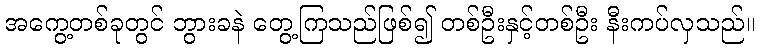
အကွေ့တစ်ခုတွင် ဘွားခနဲ တွေ့ကြသည်ဖြစ်၍ တစ်ဦးနှင့်တစ်ဦး နီးကပ်လှသည်။